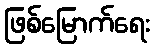
ဖြစ်မြောက်ရေး